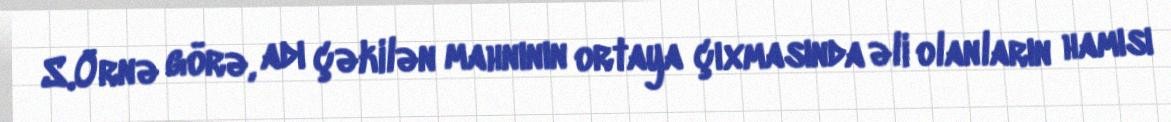
S.Örnə görə, adı çəkilən mahnının ortaya çıxmasında əli olanların hamısı